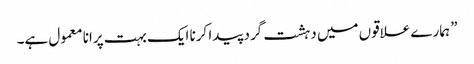
” ہمارے علاقوں میں دہشت گرد پیدا کرنا ایک بہت پرانا معمول ہے۔